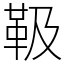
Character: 靸